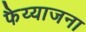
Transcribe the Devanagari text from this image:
फैय्याजना